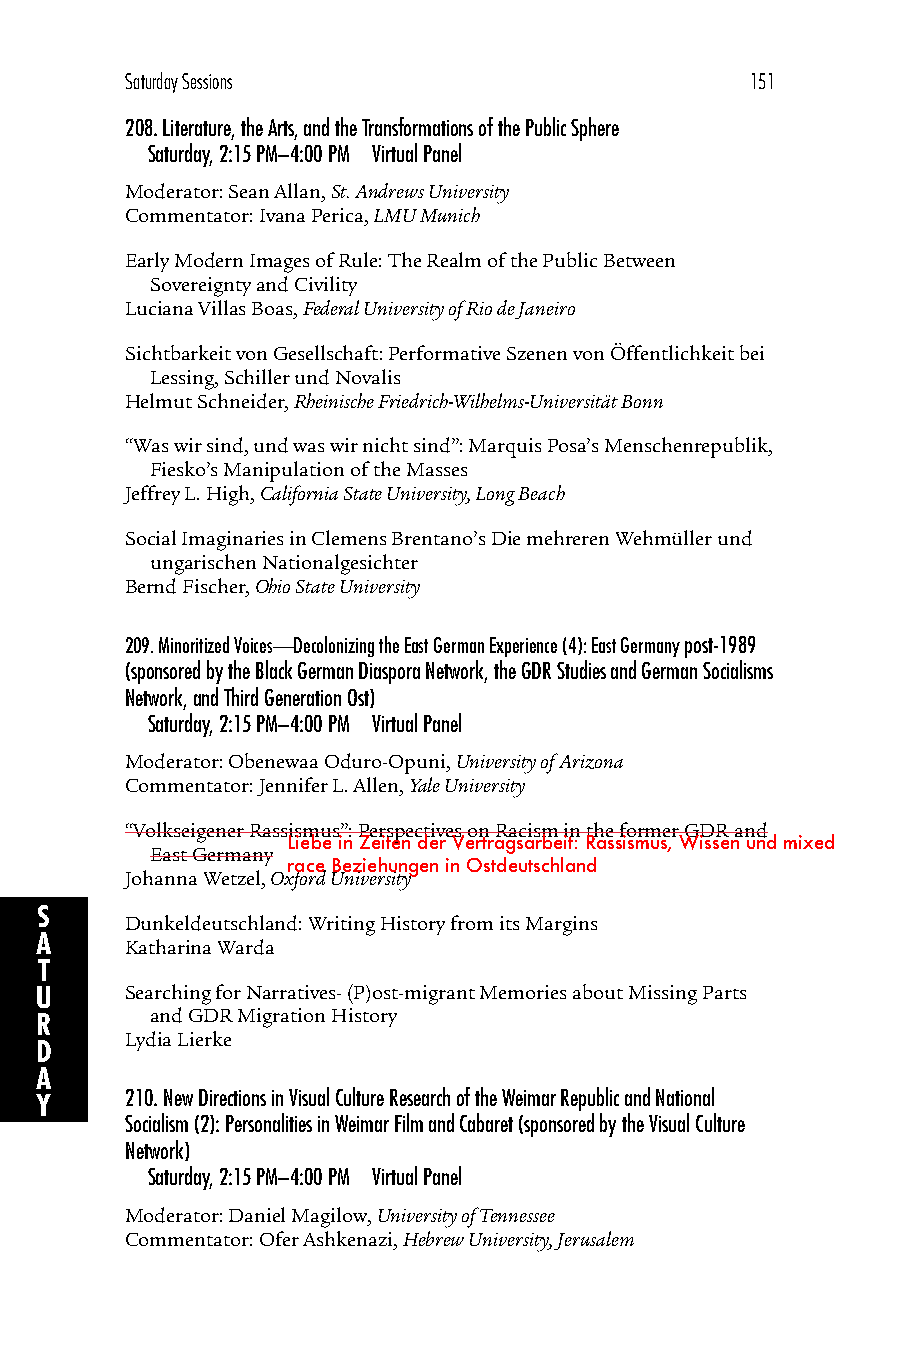
Saturday Sessions                         151
 208.Literature, the Arts, and the Transformations of the Public Sphere
 Saturday, 2:15 PM–4:00 PM Virtual Panel
 Moderator: Sean Allan, St. Andrews University
 Commentator: Ivana Perica, LMU Munich
 Early Modern Images of Rule: The Realm of the Public Between
 Sovereignty and Civility
 Luciana Villas Boas, Federal University of Rio de Janeiro
 Sichtbarkeit von Gesellschaft: Performative Szenen von Öffentlichkeit bei
 Lessing, Schiller und Novalis
 Helmut Schneider, Rheinische Friedrich-Wilhelms-Universität Bonn
 “Was wir sind, und was wir nicht sind”: Marquis Posa’s Menschenrepublik,
 Fiesko’s Manipulation of the Masses
 Jeffrey L. High, California State University, Long Beach
 Social Imaginaries in Clemens Brentano’s Die mehreren Wehmüller und
 ungarischen Nationalgesichter
 Bernd Fischer, Ohio State University
 209.Minoritized Voices—Decolonizing the East German Experience (4): East Germany post-1989
 (sponsored by the Black German Diaspora Network, the GDR Studies and German Socialisms
 Network, and Third Generation Ost)
 Saturday, 2:15 PM–4:00 PM Virtual Panel
 Moderator: Obenewaa Oduro-Opuni, University of Arizona
 Commentator: Jennifer L. Allen, Yale University
 “Volkseigener Rassismus”: Perspectives on Racism in the former GDR and
 Liebe in Zeiten der Vertragsarbeit: Rassismus, Wissen und mixed
 East Germany
 race Beziehungen in Ostdeutschland
 Johanna Wetzel, Oxford University
 S
 Dunkeldeutschland: Writing History from its Margins
 A     Katharina Warda
 T
 U     Searching for Narratives- (P)ost-migrant Memories about Missing Parts
 and GDR Migration History
 R
 Lydia Lierke
 D
 A
 210.New Directions in Visual Culture Research of the Weimar Republic and National
 Y
 Socialism (2): Personalities in Weimar Film and Cabaret (sponsored by the Visual Culture
 Network)
 Saturday, 2:15 PM–4:00 PM Virtual Panel
 Moderator: Daniel Magilow, University of Tennessee
 Commentator: Ofer Ashkenazi, Hebrew University, Jerusalem